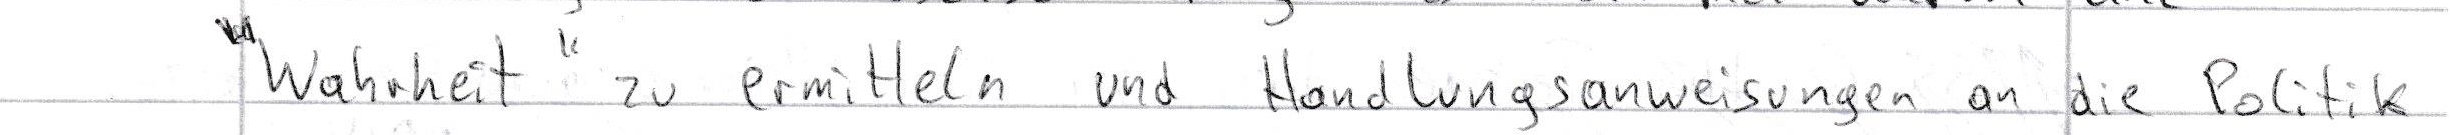
"Wahrheit" zu ermitteln und Handlungsanweisungen an die Politik